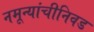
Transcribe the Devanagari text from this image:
नमून्यांचीनिवड